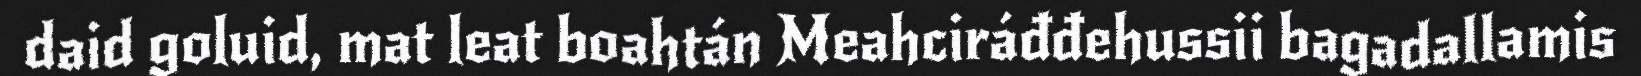
daid goluid, mat leat boahtán Meahciráđđehussii bagadallamis